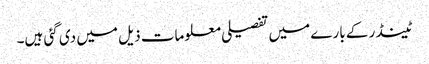
ٹینڈر کے بارے میں تفصیلی معلومات ذیل میں دی گئی ہیں۔